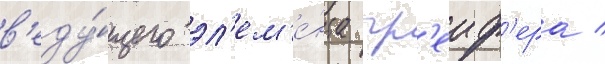
в'еду́щего эл'ем'е́нта гр'еиф'ера /